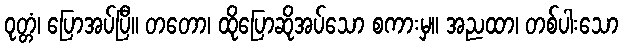
ဝုတ္တံ၊ ပြောအပ်ပြီ။ တတော၊ ထိုပြောဆိုအပ်သော စကားမှ။ အညထာ၊ တစ်ပါးသော